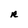
Character: R